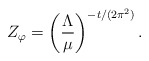
\begin{align*}Z_\varphi=\left(\frac{\Lambda}{\mu}\right)^{-t/(2\pi^2)}.\end{align*}